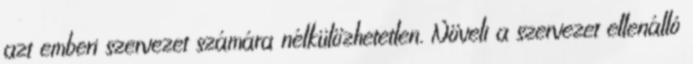
azt emberi szervezet számára nélkülözhetetlen. Növeli a szervezet ellenálló